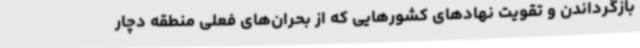
بازگرداندن و تقویت نهادهای کشورهایی که از بحران‌های فعلی منطقه دچار